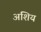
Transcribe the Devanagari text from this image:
अशिय